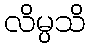
လိမ္ပသိ